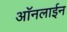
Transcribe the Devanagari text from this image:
आॅनलाईन